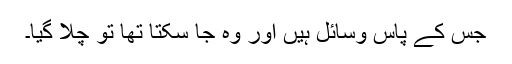
جس کے پاس وسائل ہیں اور وہ جا سکتا تھا تو چلا گیا۔